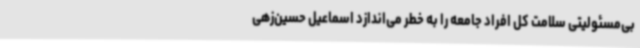
بی‌مسئولیتی سلامت کل افراد جامعه را به خطر می‌اندازد اسماعیل حسین‌زهی